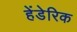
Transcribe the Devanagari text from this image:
हेंडेरिक